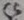
Text: C5